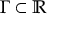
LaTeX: \Gamma \subset \mathbb { R }